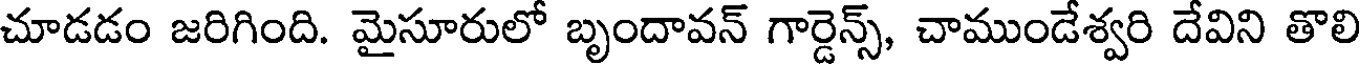
చూడడం జరిగింది. మైసూరులో బృందావన్ గార్డెన్స్, చాముండేశ్వరి దేవిని తొలి